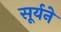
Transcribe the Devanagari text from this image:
सूर्यने